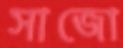
সাজো